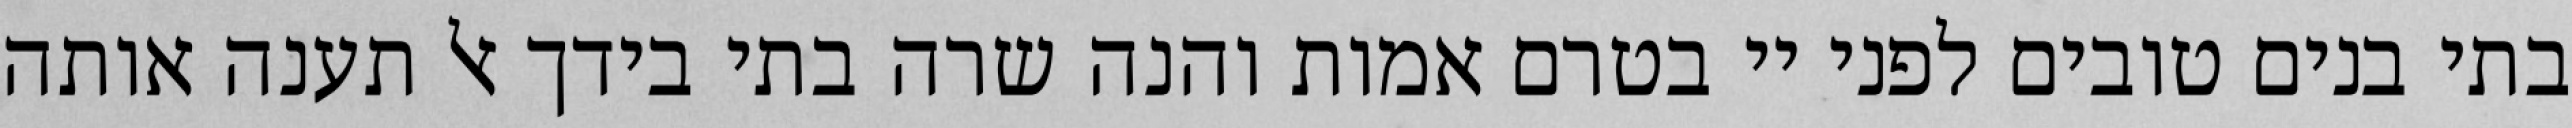
בתי בנים טובים לפני יי בטרם אמות והנה שרה בתי בידך אל תענה אותה